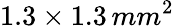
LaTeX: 1.3\times 1.3\, mm^{2}